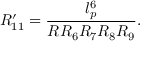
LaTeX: R _ { 1 1 } ^ { \prime } = \frac { l _ { p } ^ { 6 } } { R R _ { 6 } R _ { 7 } R _ { 8 } R _ { 9 } } .